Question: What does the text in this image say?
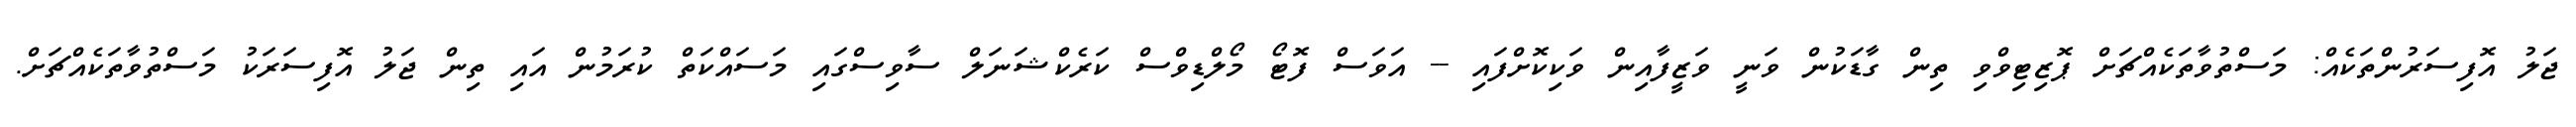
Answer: ޖަލު އޮފިސަރުންތަކެއް: މަސްތުވާތަކެއްޗަށް ޕޮޒިޓިވްވި ތިން ގާޑަކުން ވަނީ ވަޒީފާއިން ވަކިކޮށްފައި -- އަވަސް ފޮޓޯ މޯލްޑިވްސް ކަރެކްޝަނަލް ސާވިސްގައި މަސައްކަތް ކުރަމުން އައި ތިން ޖަލު އޮފިސަރަކު މަސްތުވާތަކެއްޗަށް.